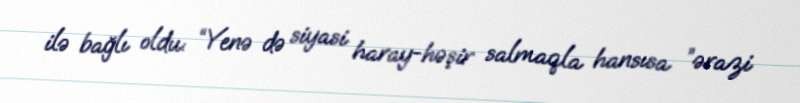
ilə bağlı oldu: “Yenə də siyasi haray-həşir salmaqla hansısa ”ərazi